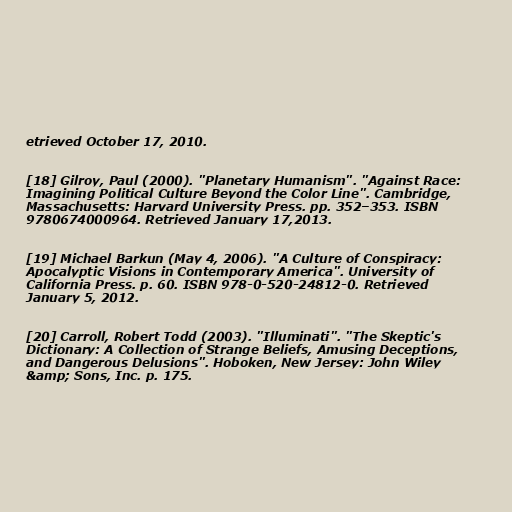
etrieved October 17, 2010.

[18] Gilroy, Paul (2000). "Planetary Humanism". "Against Race:
Imagining Political Culture Beyond the Color Line". Cambridge,
Massachusetts: Harvard University Press. pp. 352–353. ISBN
9780674000964. Retrieved January 17,2013.

[19] Michael Barkun (May 4, 2006). "A Culture of Conspiracy:
Apocalyptic Visions in Contemporary America". University of
California Press. p. 60. ISBN 978-0-520-24812-0. Retrieved
January 5, 2012.

[20] Carroll, Robert Todd (2003). "Illuminati". "The Skeptic's
Dictionary: A Collection of Strange Beliefs, Amusing Deceptions,
and Dangerous Delusions". Hoboken, New Jersey: John Wiley
&amp; Sons, Inc. p. 175.